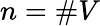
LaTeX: n=\# V